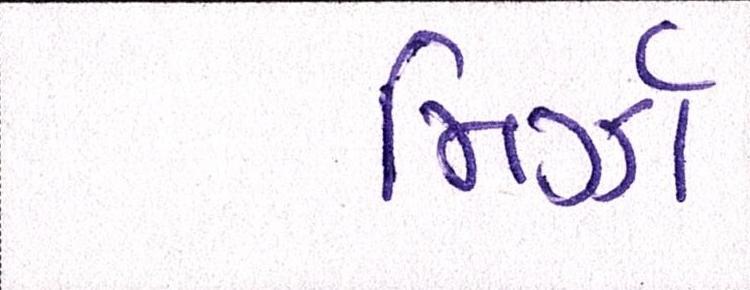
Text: મિર્ઝા